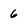
Character: 6